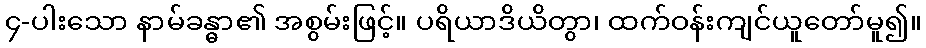
၄-ပါးသော နာမ်ခန္ဓာ၏ အစွမ်းဖြင့်။ ပရိယာဒိယိတွာ၊ ထက်ဝန်းကျင်ယူတော်မူ၍။